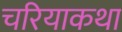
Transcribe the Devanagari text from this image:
चरियाकथा